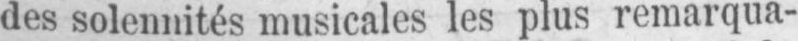
des solennités musicales les plus remarqua-